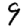
Digit: 9